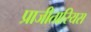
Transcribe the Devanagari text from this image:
प्राजीतारियस